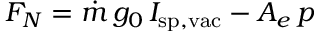
F _ { N } = { \dot { m } } \, g _ { 0 } \, I _ { \mathrm { s p , v a c } } - A _ { e } \, p